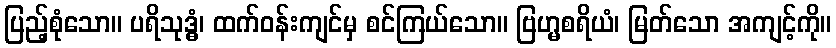
ပြည့်စုံသော။ ပရိသုဒ္ဓံ၊ ထက်ဝန်းကျင်မှ စင်ကြယ်သော။ ဗြဟ္မစရိယံ၊ မြတ်သော အကျင့်ကို။